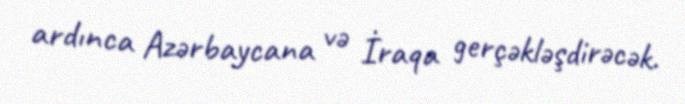
ardınca Azərbaycana və İraqa gerçəkləşdirəcək.